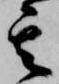
其